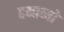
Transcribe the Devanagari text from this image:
हन्तव्यो